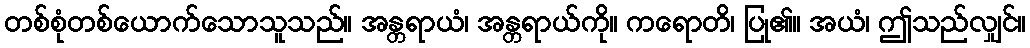
တစ်စုံတစ်ယောက်သောသူသည်။ အန္တရာယံ၊ အန္တရာယ်ကို။ ကရောတိ၊ ပြု၏။ အယံ၊ ဤသည်လျှင်။